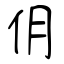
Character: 仴